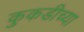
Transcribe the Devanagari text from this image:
कुकडीच्या